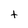
Character: t